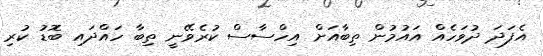
އެފަދަ ދުވަހެއް އައުމުން ތިބާއަށް އިހްސާސް ކުރެވޭނީ ތިބާ ހައްދައި ބޮޑު ކުރި